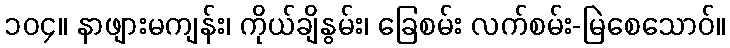
၁၀၄။ နာဖျားမကျန်း၊ ကိုယ်ချိနွမ်း၊ ခြေစမ်း လက်စမ်း-မြဲစေသောဝ်။